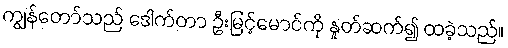
ကျွန်တော်သည် ဒေါက်တာ ဦးမြင့်မောင်ကို နှုတ်ဆက်၍ ထခဲ့သည်။